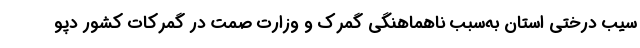
سیب درختی استان به‌سبب ناهماهنگی گمرک و وزارت صمت در گمرکات کشور دپو